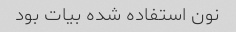
نون استفاده شده بیات بود